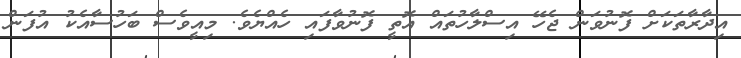
އިދާރާތަކަށް ފޮނުވަން ޖެހޭ އިސްލާހުތައް އޮތީ ފޮނުވާފައި ހެއްޔެވެ. މިއީވެސް ބަހުސާއެކު އުފަން